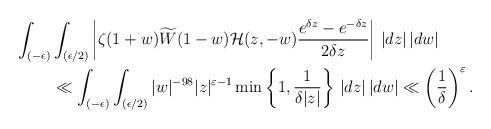
LaTeX: \begin{align*}\int_{(-\epsilon)} & \int_{(\epsilon/2)}\left|\zeta(1+w)\widetilde{W}(1-w)\mathcal{H}(z,-w)\frac{e^{\delta z}-e^{-\delta z}}{2\delta z}\right|\,|dz|\,|dw| \\& \ll \int_{(-\epsilon)}\int_{(\epsilon/2)} |w|^{-98}|z|^{\varepsilon-1}\min\left\{ 1, \frac{1}{\delta|z|}\right\} \,|dz|\,|dw| \ll \left( \frac{1}{\delta}\right)^{\varepsilon}.\end{align*}